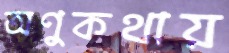
অণুকথায়